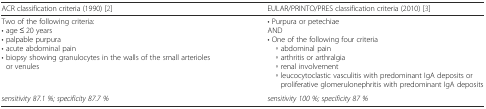
<table><thead><tr><td><b>ACR classification criteria (1990) [2]</b></td><td><b>EULAR/PRINTO/PRES classification criteria (2010) [3]</b></td></tr></thead><tbody><tr><td>Two of the following criteria:• age ≤ 20 years• palpable purpura• acute abdominal pain• biopsy showing granulocytes in the walls of the small arterioles or venules</td><td>• Purpura or petechiaeAND• One of the following four criteria ◦ abdominal pain ◦ arthritis or arthralgia ◦ renal involvement ◦ leucocytoclastic vasculitis with predominant IgA deposits or proliferative glomerulonephritis with predominant IgA deposits</td></tr><tr><td><i>sensitivity 87.1 %; specificity 87.7 %</i></td><td><i>sensitivity 100 %; specificity 87 %</i></td></tr></tbody></table>